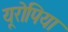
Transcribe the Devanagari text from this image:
यूरोपिया